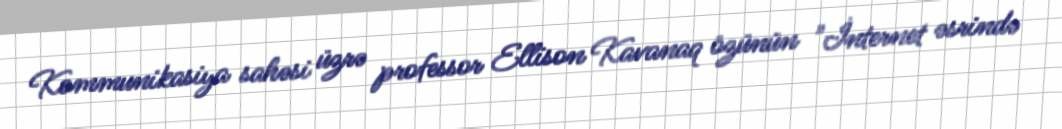
Kommunikasiya sahəsi üzrə professor Ellison Kavanaq özünün "İnternet əsrində